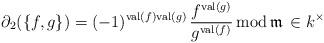
LaTeX: \begin{align*}\partial_2(\{f, g\})=(-1)^{{\rm val}(f){\rm val}(g)}\,\frac{f^{{\rm val}(g)}}{g^{{\rm val}(f)}}\, {\rm mod}\,\mathfrak m\, \in k^\times\end{align*}